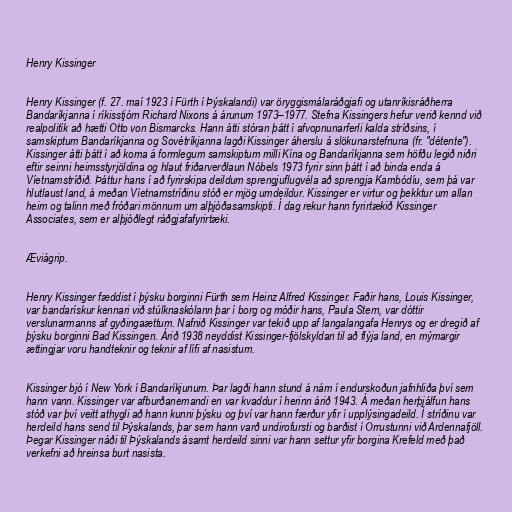
Henry Kissinger

Henry Kissinger (f. 27. maí 1923 í Fürth í Þýskalandi) var öryggismálaráðgjafi og utanríkisráðherra
Bandaríkjanna í ríkisstjórn Richard Nixons á árunum 1973–1977. Stefna Kissingers hefur verið kennd við
realpolitík að hætti Otto von Bismarcks. Hann átti stóran þátt í afvopnunarferli kalda stríðsins, í
samskiptum Bandaríkjanna og Sovétríkjanna lagði Kissinger áherslu á slökunarstefnuna (fr. "détente").
Kissinger átti þátt í að koma á formlegum samskiptum milli Kína og Bandaríkjanna sem höfðu legið niðri
eftir seinni heimsstyrjöldina og hlaut friðarverðlaun Nóbels 1973 fyrir sinn þátt í að binda enda á
Víetnamstríðið. Þáttur hans í að fyrirskipa deildum sprengjuflugvéla að sprengja Kambódíu, sem þá var
hlutlaust land, á meðan Víetnamstríðinu stóð er mjög umdeildur. Kissinger er virtur og þekktur um allan
heim og talinn með fróðari mönnum um alþjóðasamskipti. Í dag rekur hann fyrirtækið Kissinger
Associates, sem er alþjóðlegt ráðgjafafyrirtæki.

Æviágrip.

Henry Kissinger fæddist í þýsku borginni Fürth sem Heinz Alfred Kissinger. Faðir hans, Louis Kissinger,
var bandarískur kennari við stúlknaskólann þar í borg og móðir hans, Paula Stern, var dóttir
verslunarmanns af gyðingaættum. Nafnið Kissinger var tekið upp af langalangafa Henrys og er dregið af
þýsku borginni Bad Kissingen. Árið 1938 neyddist Kissinger-fjölskyldan til að flýja land, en mýmargir
ættingjar voru handteknir og teknir af lífi af nasistum.

Kissinger bjó í New York í Bandaríkjunum. Þar lagði hann stund á nám í endurskoðun jafnhliða því sem
hann vann. Kissinger var afburðanemandi en var kvaddur í herinn árið 1943. Á meðan herþjálfun hans
stóð var því veitt athygli að hann kunni þýsku og því var hann færður yfir í upplýsingadeild. Í stríðinu var
herdeild hans send til Þýskalands, þar sem hann varð undirofursti og barðist í Orrustunni við Ardennafjöll.
Þegar Kissinger náði til Þýskalands ásamt herdeild sinni var hann settur yfir borgina Krefeld með það
verkefni að hreinsa burt nasista.